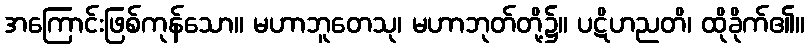
အကြောင်းဖြစ်ကုန်သော။ မဟာဘူတေသု၊ မဟာဘုတ်တို့၌။ ပဋိဟညတိ၊ ထိုခိုက်၏။